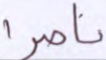
ناصرا